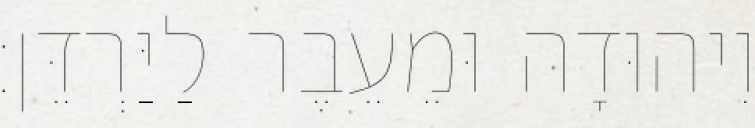
וִיהוּדָה וּמֵעֵבֶר לַיַּרְדֵּן׃